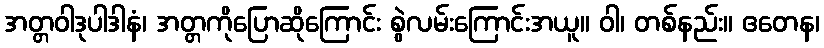
အတ္တဝါဒုပါဒါနံ၊ အတ္တကိုပြောဆိုကြောင်း စွဲလမ်းကြောင်းအယူ။ ဝါ၊ တစ်နည်း။ ဧတေန၊